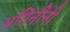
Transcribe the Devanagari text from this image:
भगिनींनी